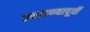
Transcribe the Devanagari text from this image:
उचलण्यापूर्वी